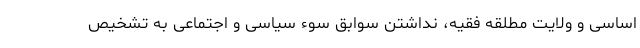
اساسی و ولایت مطلقه فقیه، نداشتن سوابق سوء سیاسی و اجتماعی به تشخیص